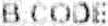
B CODE